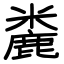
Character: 麊